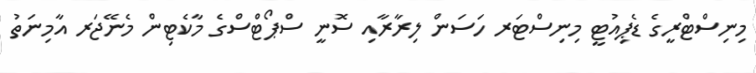
މިނިސްޓްރީގެ ޑެޕިއުޓީ މިނިސްޓަރ ހަސަން ލިރާރާއި ސޮނީ ސްޕޯޓްސްގެ މާކެޓިން މެނޭޖަރ އާމިނަތު